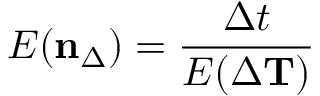
E ( \mathbf { n } _ { \Delta } ) = \frac { \Delta t } { E ( \Delta \mathbf { T } ) }